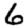
Digit: 6